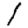
Digit: 1